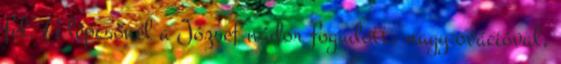
fel. A lépcsőnél a Jó­zsef nádor fogadott, nagy ovációval,